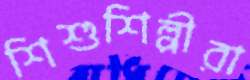
শিশুশিল্পীরা